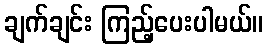
ချက်ချင်း ကြည့်ပေးပါမယ်။